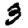
Digit: 3